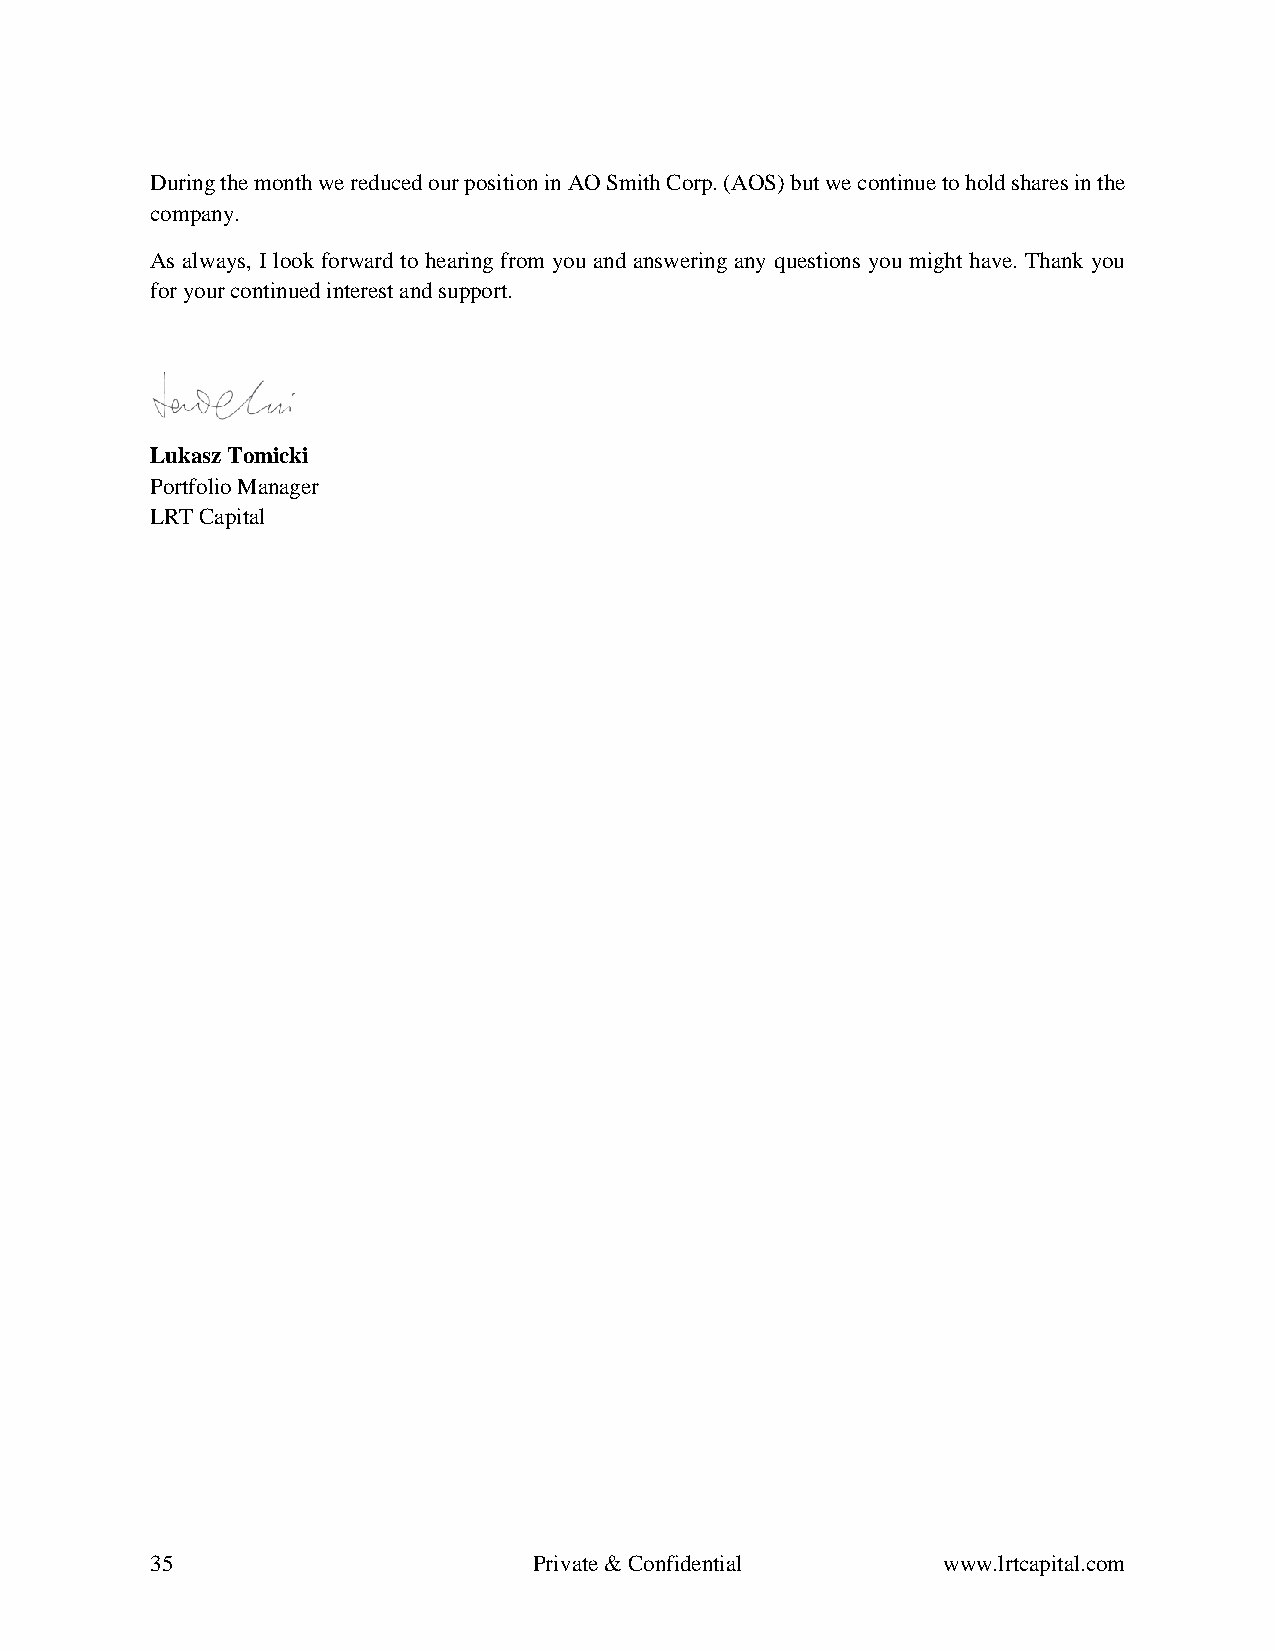
During the month we reduced our position in AO Smith Corp. (AOS) but we continue to hold shares in the
 company.
 As always, I look forward to hearing from you and answering any questions you might have. Thank you
 for your continued interest and support.
 Lukasz Tomicki
 Portfolio Manager
 LRT Capital
 35                       Private & Confidential     www.lrtcapital.com